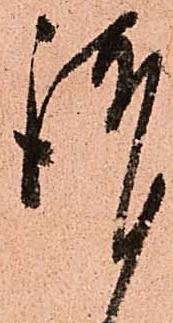
謹